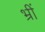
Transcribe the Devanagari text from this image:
भ्रीं